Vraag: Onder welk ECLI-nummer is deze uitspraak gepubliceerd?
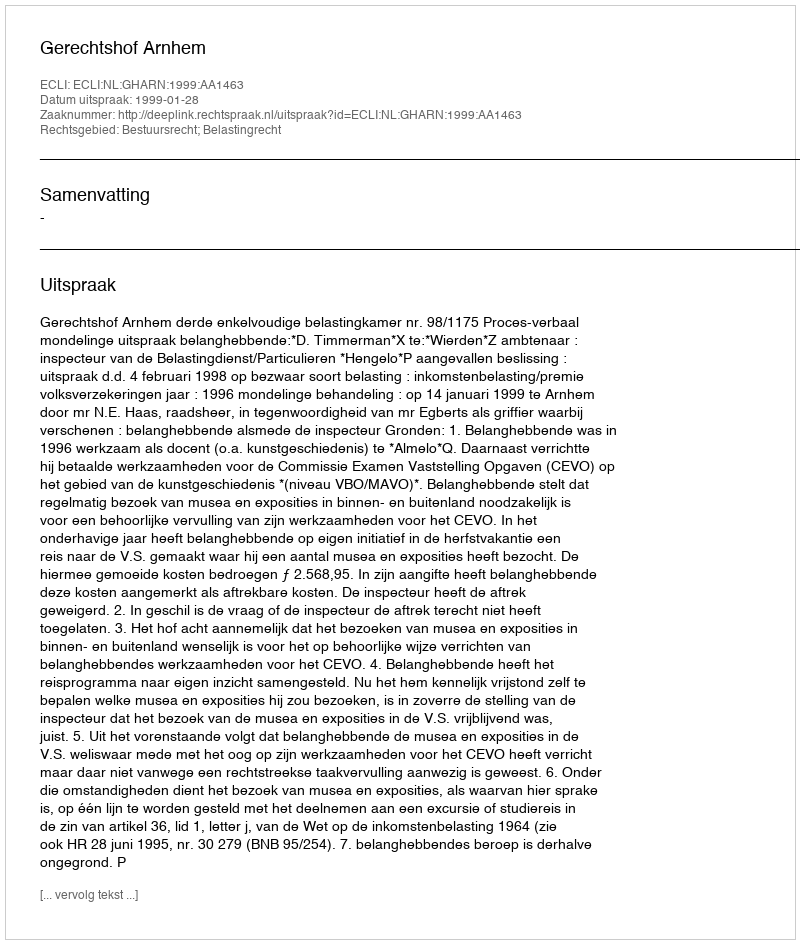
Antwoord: ECLI:NL:GHARN:1999:AA1463